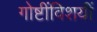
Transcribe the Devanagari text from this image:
गोष्टींविशयीं